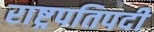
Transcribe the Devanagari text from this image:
राष्ट्रपतिपदी